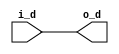
// *!***************************************************************************
// *! Copyright 2019 International Business Machines
// *!
// *! Licensed under the Apache License, Version 2.0 (the "License");
// *! you may not use this file except in compliance with the License.
// *! You may obtain a copy of the License at
// *! http://www.apache.org/licenses/LICENSE-2.0 
// *!
// *! The patent license granted to you in Section 3 of the License, as applied
// *! to the "Work," hereby includes implementations of the Work in physical form. 
// *!
// *! Unless required by applicable law or agreed to in writing, the reference design
// *! distributed under the License is distributed on an "AS IS" BASIS,
// *! WITHOUT WARRANTIES OR CONDITIONS OF ANY KIND, either express or implied.
// *! See the License for the specific language governing permissions and
// *! limitations under the License.
// *!***************************************************************************
module base_or#(parameter width=1, parameter ways=1)
   (input [0:ways*width-1] i_d,
    output [0:width-1] o_d
    );

   genvar 	       i;
   genvar 	       j;
   generate
      for (i = 0; i < width; i = i + 1) begin : u
	 wire [0:ways-1] or_in;
	 for (j = 0; j < ways; j = j + 1) begin : v
	    assign or_in[j] = i_d[(j*width)+i];
	 end
	 assign o_d[i] = | or_in;
      end
   endgenerate
endmodule // base_or